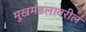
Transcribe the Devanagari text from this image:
मुखमंडलावरील